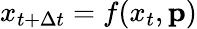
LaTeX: x_{t+\Delta t}=f(x_{t},\mathbf{p})